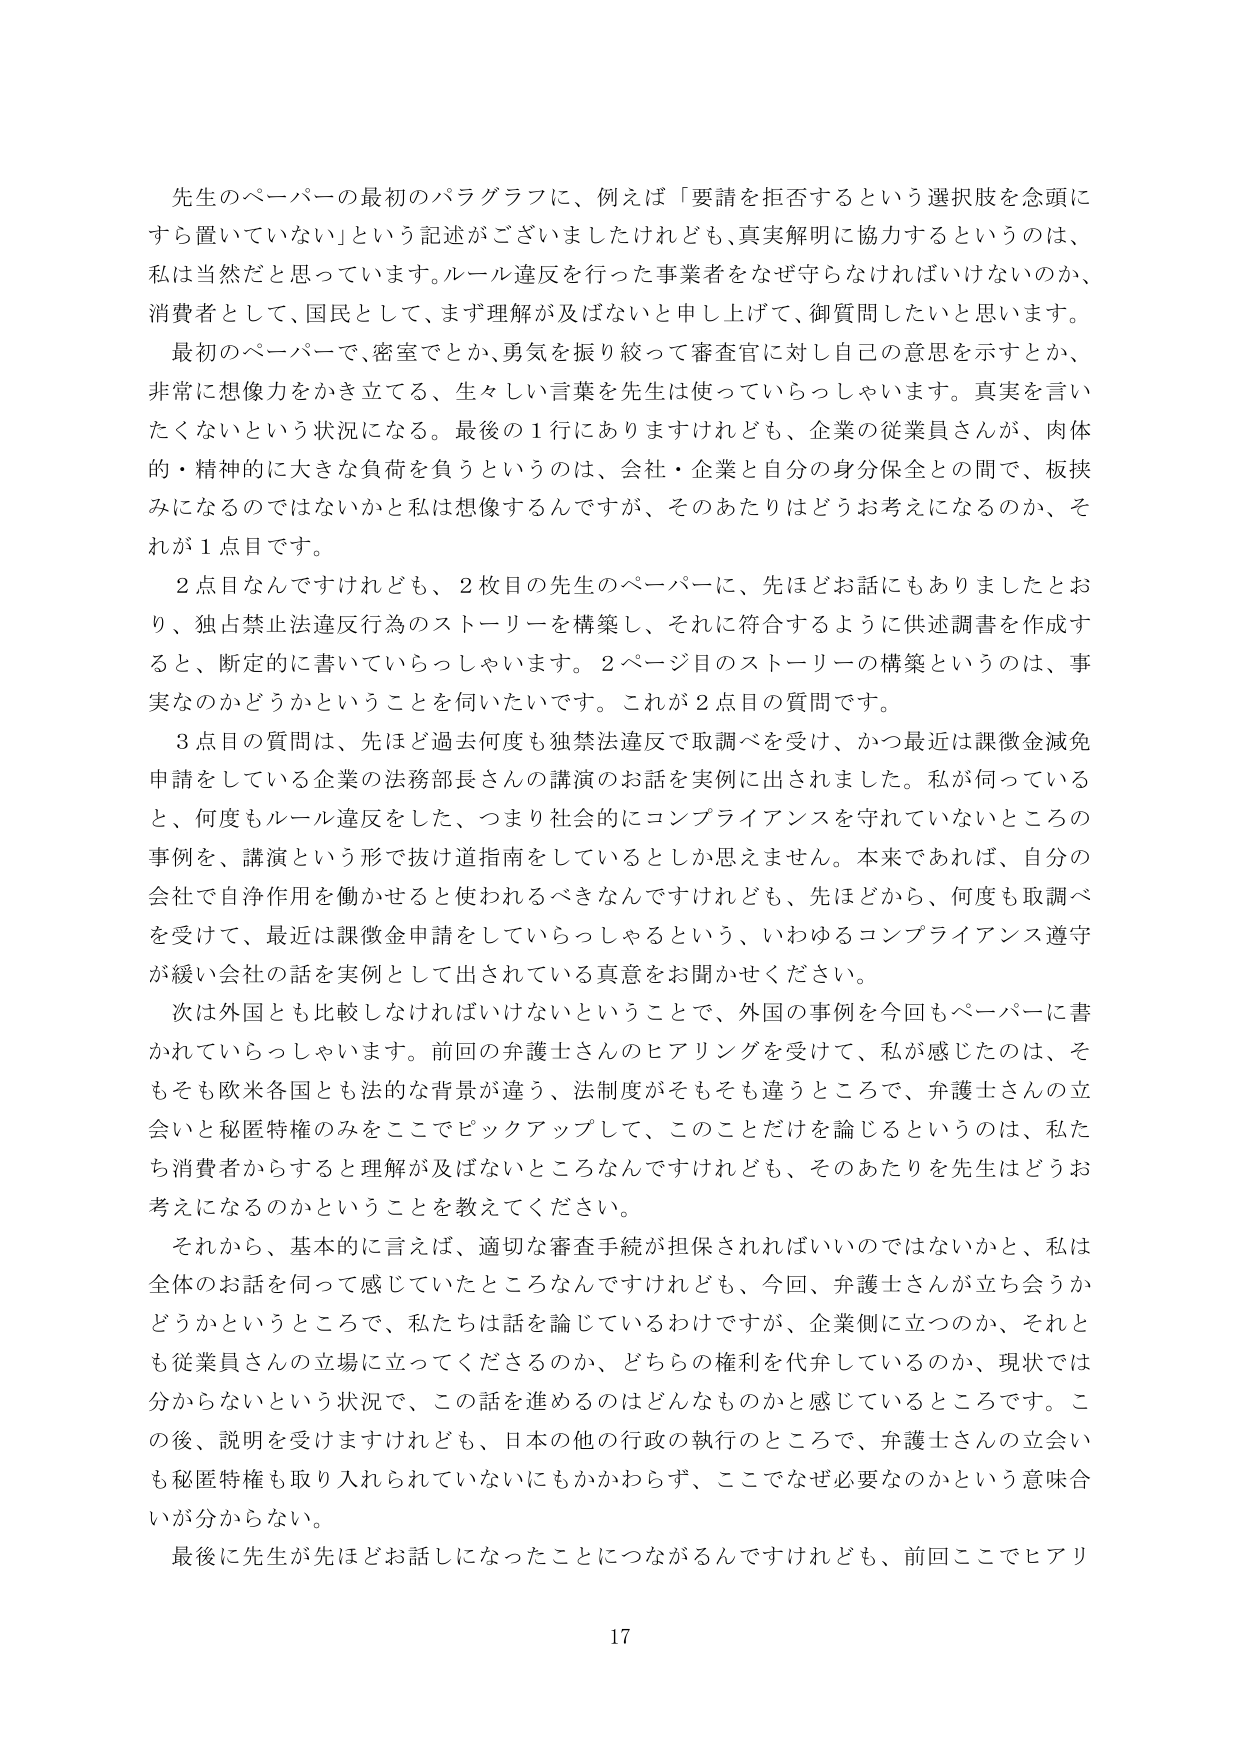
先生のペーパーの最初のパラグラフに、例えば「要請を拒否するという選択肢を念頭にすら置いていない」という記述がございましたけれども、真実解明に協力するというのは、私は当然と思っています。ルール違反を行った事業者をなぜ守らなければならないのか、消費者として、国民として、まず理解が及ばないと申し上げて、御質問したいと思います。

最初のペーパーで、密室でとか、勇気を振り絞って審査官に対し自分の意思を示すとか、非常に想像力をかき立てる、生々しい言葉を先生は使っていらっしゃいます。真実を言いたくないという状況になる。最後の１行にありますけれども、企業の従業員さんが、肉体的・精神的に大きな負荷を負うというのは、会社・企業と自分の身分保全との間で、板挟みになるのではないかと私は想像するんですが、そのあたりはどうお考えになるのか、それが１点目です。

２点目なんですけれども、２枚目の先生のペーパーに、先ほどお話にもありましたとおり、独占禁止法違反行為のストーリーを構築し、それに符合するように供述調書を作成すると、断定的に書いていらっしゃいます。２ページ目のストーリーの構築というのは、事実なのかどうかということを伺いたいです。これが２点目の質問です。

３点目の質問は、先ほど過去何度も独禁法違反で取調べを受け、かつ最近は課徴金減免申請をしている企業の法務部長さんの講演のお話を実例に出されました。私が伺っていると、何度もルール違反をした、つまり社会的にコンプライアンスを守れていないところの事例を、講演という形で抜け道指導をしているとしか思えません。本来であれば、自分の会社で自浄作用を働かせるべきなんですけれども、先ほどから、何度も取調べを受けて、最近は課徴金申請をしていらっしゃるという、いわゆるコンプライアンス遵守が緩い会社の話を実例として出されている真意をお聞かせください。

次は外国とも比較しなければいけないということで、外国の事例を今回もペーパーに書かれていらっしゃいます。前回の弁護士さんのヒアリングを受けて、私が感じたのは、そもそも欧米各国とも法的な背景が違う、法制度がそもそも違うところで、弁護士さんの立会いと秘匿特権のみをここでピックアップして、このことだけを論じるというのは、私たち消費者からすると理解が及ばないところなんですけれども、そのあたりを先生はどうお考えになるのかということを教えてください。

それから、基本的に言えば、適切な審査手続が担保されればいいのではないかと、私は全体のお話を伺って感じていたところなんですけれども、今回、弁護士さんが立ち会うかどうかというところで、私たちは話を論じているわけですが、企業側に立つのか、それとも従業員さんの立場に立ってくださるのか、どちらの権利を代弁しているのか、現状では分からないという状況で、この話を進めるのはどんなものかと感じているところです。この後、説明を受けますけれども、日本の他の行政の執行のところで、弁護士さんの立会いも秘匿特権も取り入れられていないにもかかわらず、ここでなぜ必要なのかという意味合いが分からない。

最後に先生が先ほどお話になったことにつながるんですけれども、前回ここでヒアリ

17